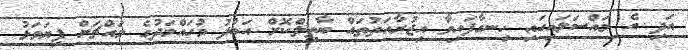
އަދި އެ މައްސަލައިގައި ހިނގާފައިވާ އިޖުރާއަތުތައް ބާތިލްކޮށް އަބްދު މުހައްމަދުގެ މައްޗަށް ފިޔަވަޅު